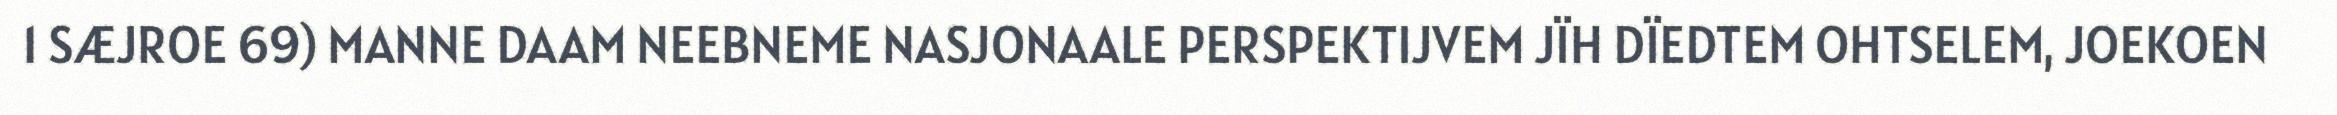
1 SÆJROE 69) MANNE DAAM NEEBNEME NASJONAALE PERSPEKTIJVEM JÏH DÏEDTEM OHTSELEM, JOEKOEN